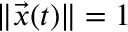
\| \vec { x } ( t ) \| = 1